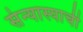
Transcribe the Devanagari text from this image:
संन्यास्याची